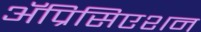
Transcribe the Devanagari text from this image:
ॲप्रिसिएशन